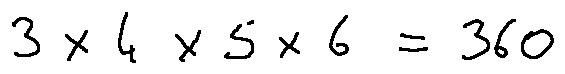
3 \times 4 \times 5 \times 6 = 3 6 0